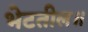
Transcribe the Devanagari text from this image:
भेटतील॥